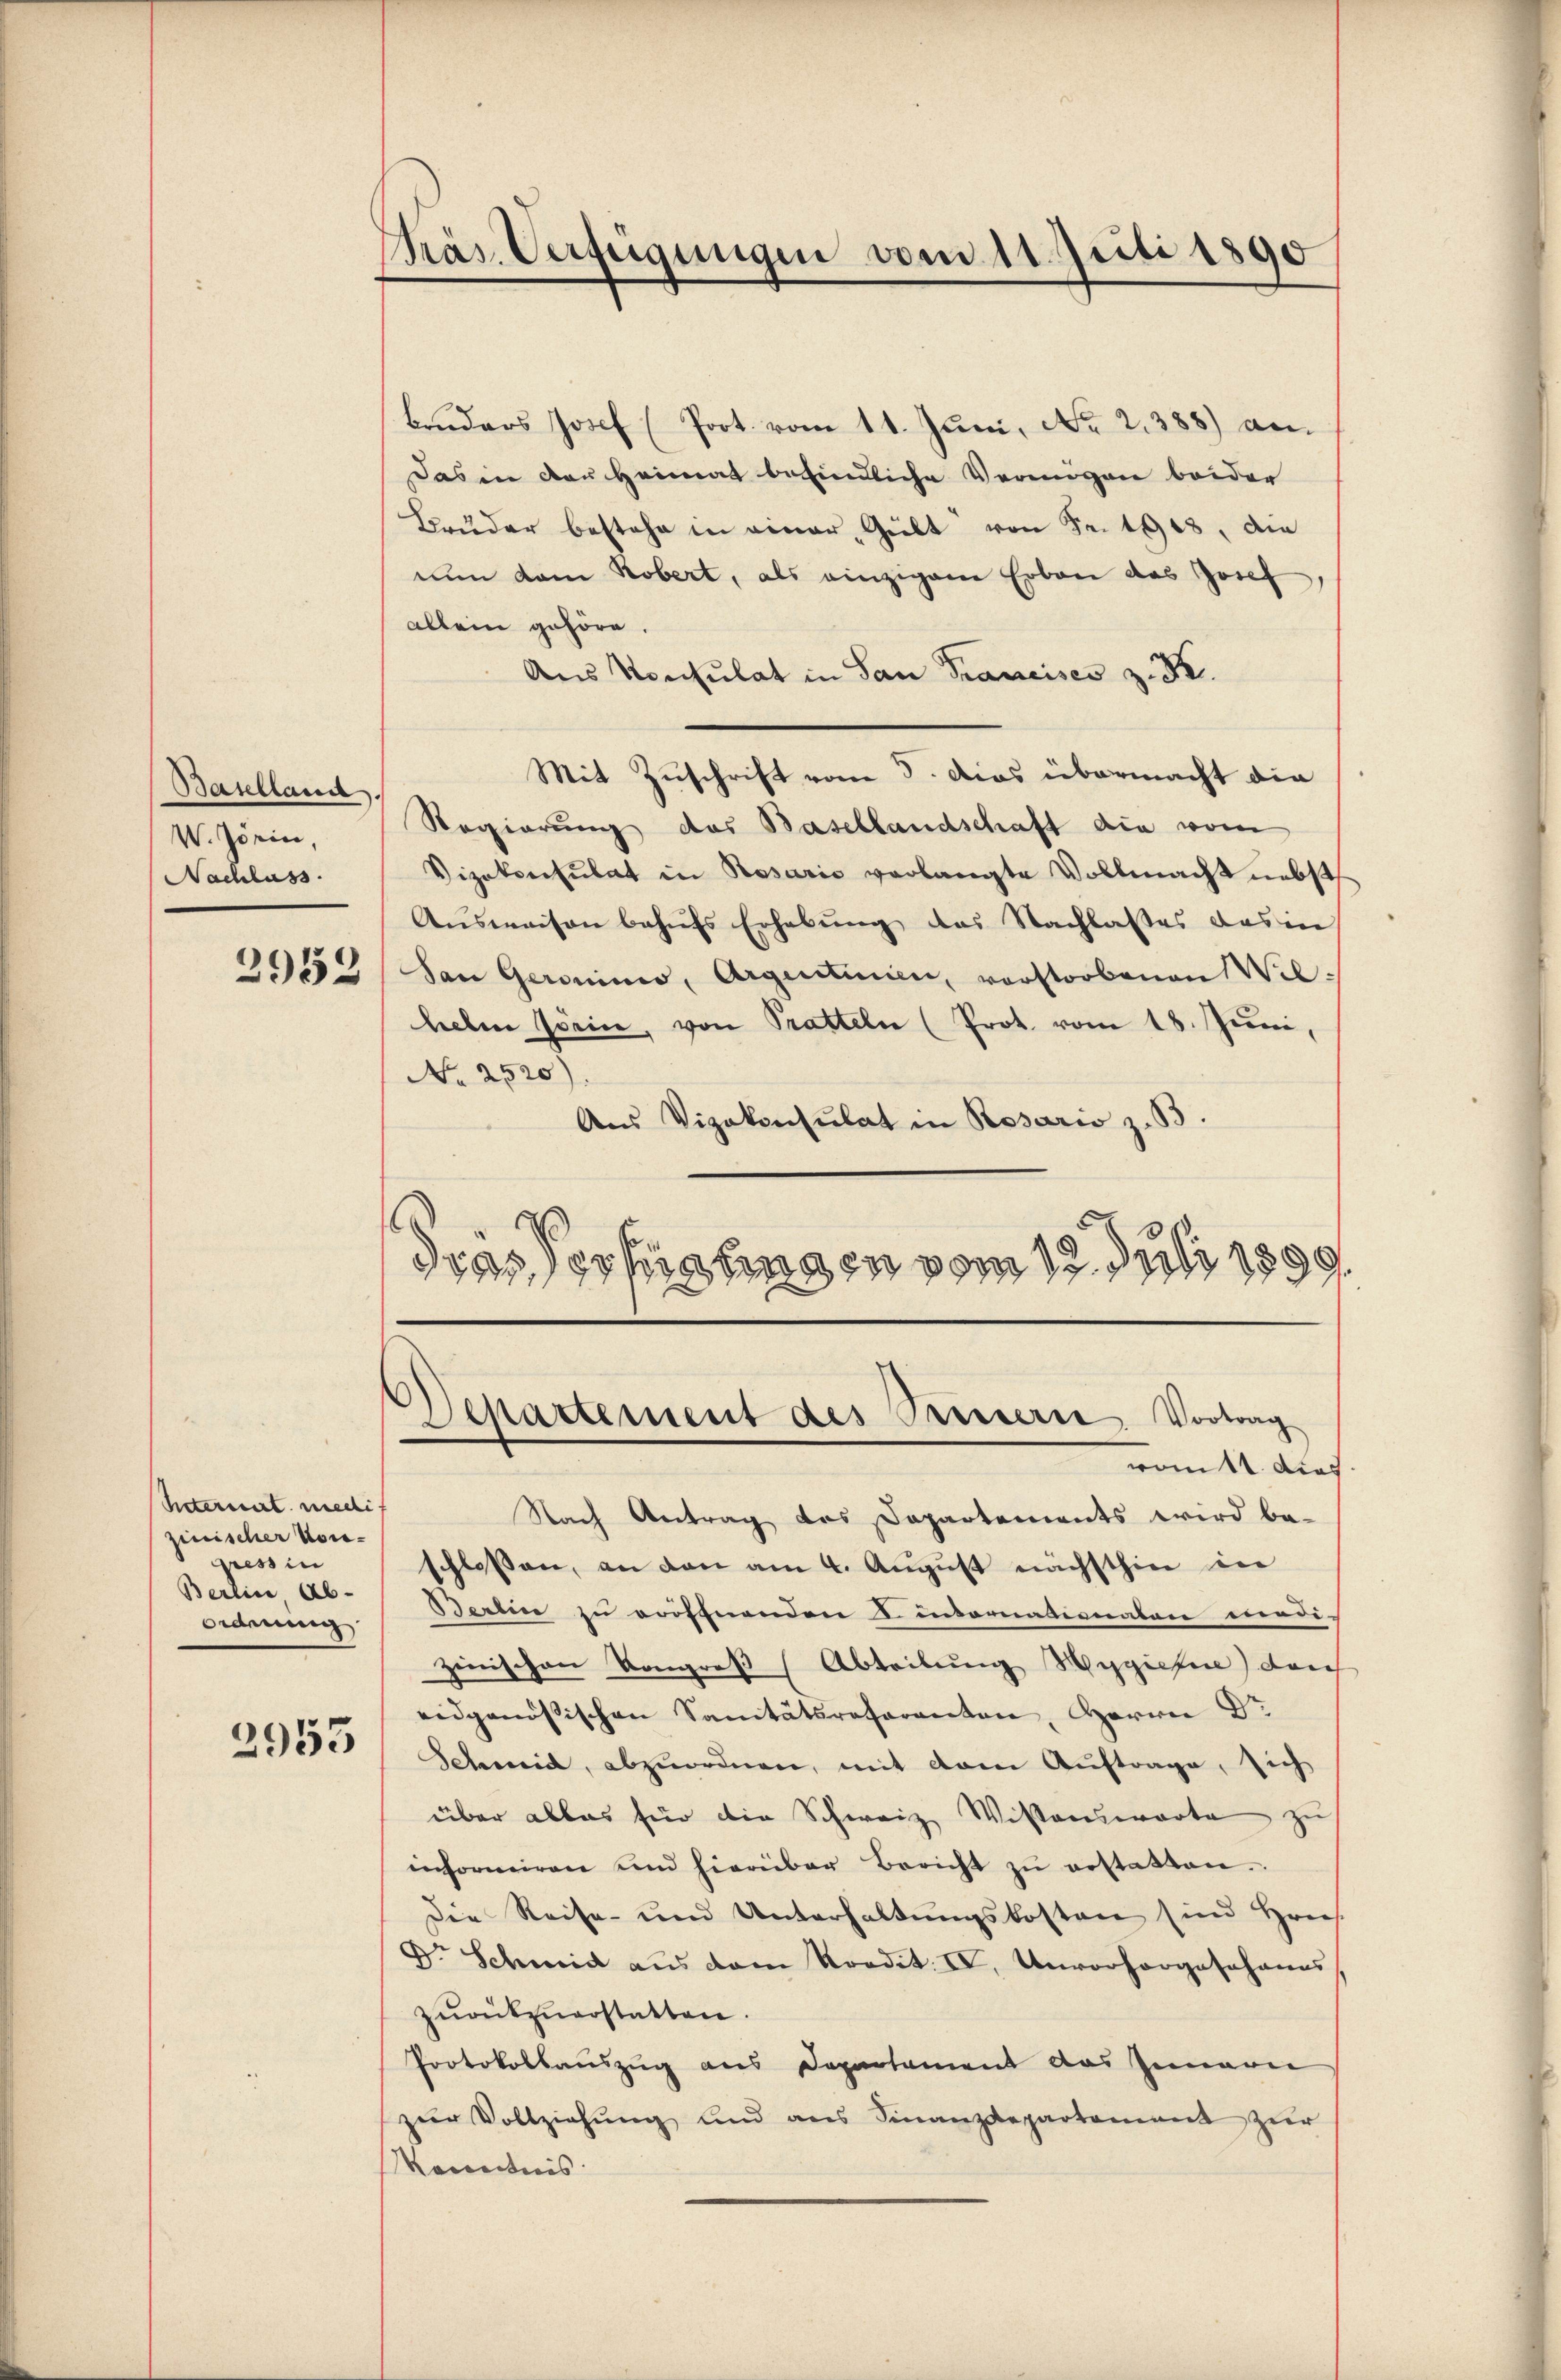
Baselland
V. Zörin,
Nachlass

2953

hetermit medi
zinischer Vorgressin
Berein Ab-
Ordnung

2953

Präs. Verfügungen vom 11. Juli 1890

bruders Josef (Port vom 11. Juni, No 2. 388) an.
Das in der Heimat befindliche Vermögen beider
Bruder bestehe in einer Gült von Fr. 1908, die
nun dem Kobert, als einzigene Erben das Josef
allein gehöre.
Ans Konsulat in San Francises z. B.
Mit Zuschrift vom 5. Das übermacht die
Regierung des Basellandschaft die vom
Vizekonsulat in Rosario verlangte Vollmacht nebst
Aŭsweisen behufs Erhebung das Nachlasses das in
San Geronini, Argentinien, vorstorbenen Wil-
heelen seine, von Pratteln (Prot. vom 18. Juni,
No 2520)
Aus Vizekonsulat in Rosario z. B.
s
d
Departement des Treuern. Vortrag
vott dies
Nach Antrag des Dapartements wird beschlossen, an den am 4. August nächsthin in
Berlin zu eröffnenden D. intornationalen wirdi-
zinischen Kongreß (Abtribung Wygien) durch
eidgenössischen Sanitätsreferanten, Herrn Dr
Schmid, abzuordnen, mit dem Auftrage, sich
über alles für die Schweiz Wissenswarte zu
informiren und hierüber Bericht zŭ erstatten.
Die Reise- und Unterhaltŭngskosten sind hies.
Dr. Schmid aŭs dem Nordit. IV. Unvorhergesohanns
zurückzuerstatten.
Protokollauszug aus Departament das Innern
zŭr Vollziehŭng und ans Finanzdepartement zŭr
Racenticis.

drasser hinungen vom 12. Juli 1889